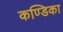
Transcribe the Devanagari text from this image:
कण्‍डिका